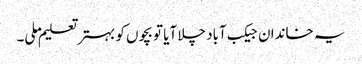
یہ خاندان جیکب آباد چلا آیا تو بچوں کو بہتر تعلیم ملی۔